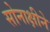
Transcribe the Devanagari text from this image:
सोनाक्षीने